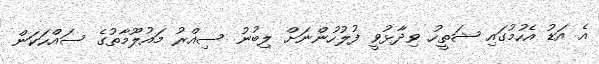
އެ އަޑު އެހުމުގައި ޝަތީހު ވިދާޅުވީ ފުލުހުންނަށް ލިބުނު ސިއްރު މައުލޫމާތުގެ ސައްހަކަން